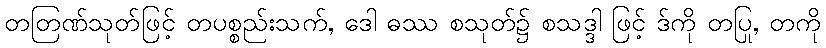
တတြဏ်သုတ်ဖြင့် တပစ္စည်းသက်, ဒေါ ဓဿ စသုတ်၌ စသဒ္ဒါ ဖြင့် ဒ်ကို တပြု, တကို